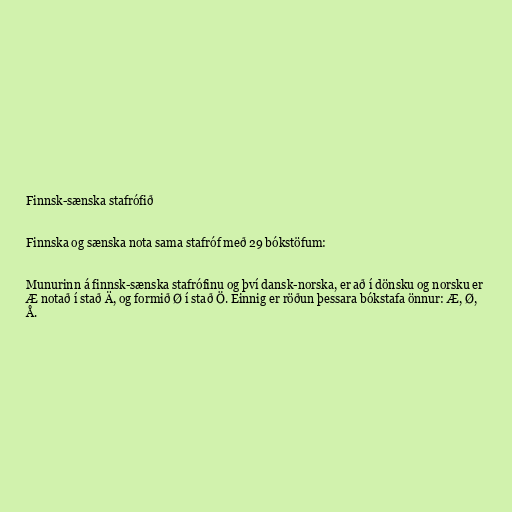
Finnsk-sænska stafrófið

Finnska og sænska nota sama stafróf með 29 bókstöfum:

Munurinn á finnsk-sænska stafrófinu og því dansk-norska, er að í dönsku og norsku er
Æ notað í stað Ä, og formið Ø í stað Ö. Einnig er röðun þessara bókstafa önnur: Æ, Ø,
Å.